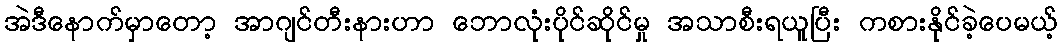
အဲဒီနောက်မှာတော့ အာဂျင်တီးနားဟာ ဘောလုံးပိုင်ဆိုင်မှု အသာစီးရယူပြီး ကစားနိုင်ခဲ့ပေမယ့်